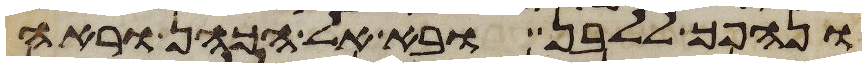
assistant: ונהפך ללבן ובא אל הכהן וראה